Civil Veterinary Department. Central Provinces & Berar 1932-41 - 1932-1941
Year: 1932
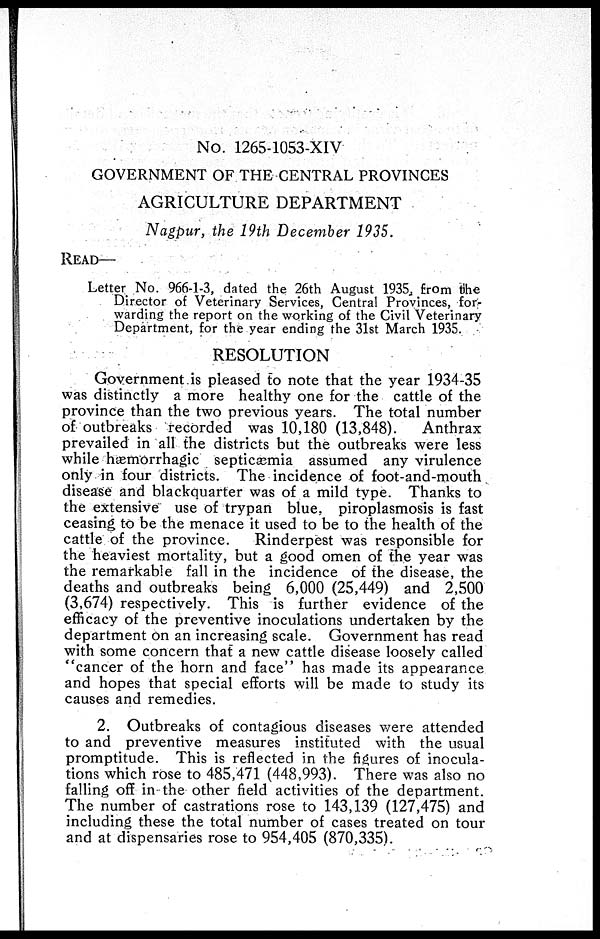
No. 1265-1053-XIV
GOVERNMENT OF THE CENTRAL PROVINCES
AGRICULTURE DEPARTMENT
Nagpur, the 19th December 1935.
READ—
Letter No. 966-1-3, dated the 26th August 1935, from the
Director of Veterinary Services, Central Provinces, for-
warding the report on the working of the Civil Veterinary
Department, for the year ending the 31st March 1935.
RESOLUTION
Government is pleased to note that the year 1934-35
was distinctly a more healthy one for the cattle of the
province than the two previous years. The total number
of outbreaks recorded was 10,180 (13,848).
Anthrax
prevailed in all the districts but the outbreaks were less
while hæmorrhagic septicæmia assumed any virulence
only in four districts. The incidence of foot-and-mouth
disease and blackquarter was of a mild type. Thanks to
the extensive use of trypan blue, piroplasmosis is fast
ceasing to be the menace it used to be to the health of the
cattle of the province.
Rinderpest was responsible for
the heaviest mortality, but a good omen of the year was
the remarkable fall in the incidence of the disease, the
deaths and outbreaks being 6,000 (25,449) and 2,500
(3,674) respectively. This is further evidence of the
efficacy of the preventive inoculations undertaken by the
department on an increasing scale. Government has read
with some concern that a new cattle disease loosely called
"cancer of the horn and face" has made its appearance
and hopes that special efforts will be made to study its
causes and remedies.
2. Outbreaks of contagious diseases were attended
to and preventive measures instituted with the usual
promptitude. This is reflected in the figures of inocula-
tions which rose to 485,471 (448,993). There was also no
falling off in the other field activities of the department.
The number of castrations rose to 143,139 (127,475) and
including these the total number of cases treated on tour
and at dispensaries rose to 954,405 (870,335).